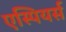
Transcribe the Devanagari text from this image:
एस्पियर्स